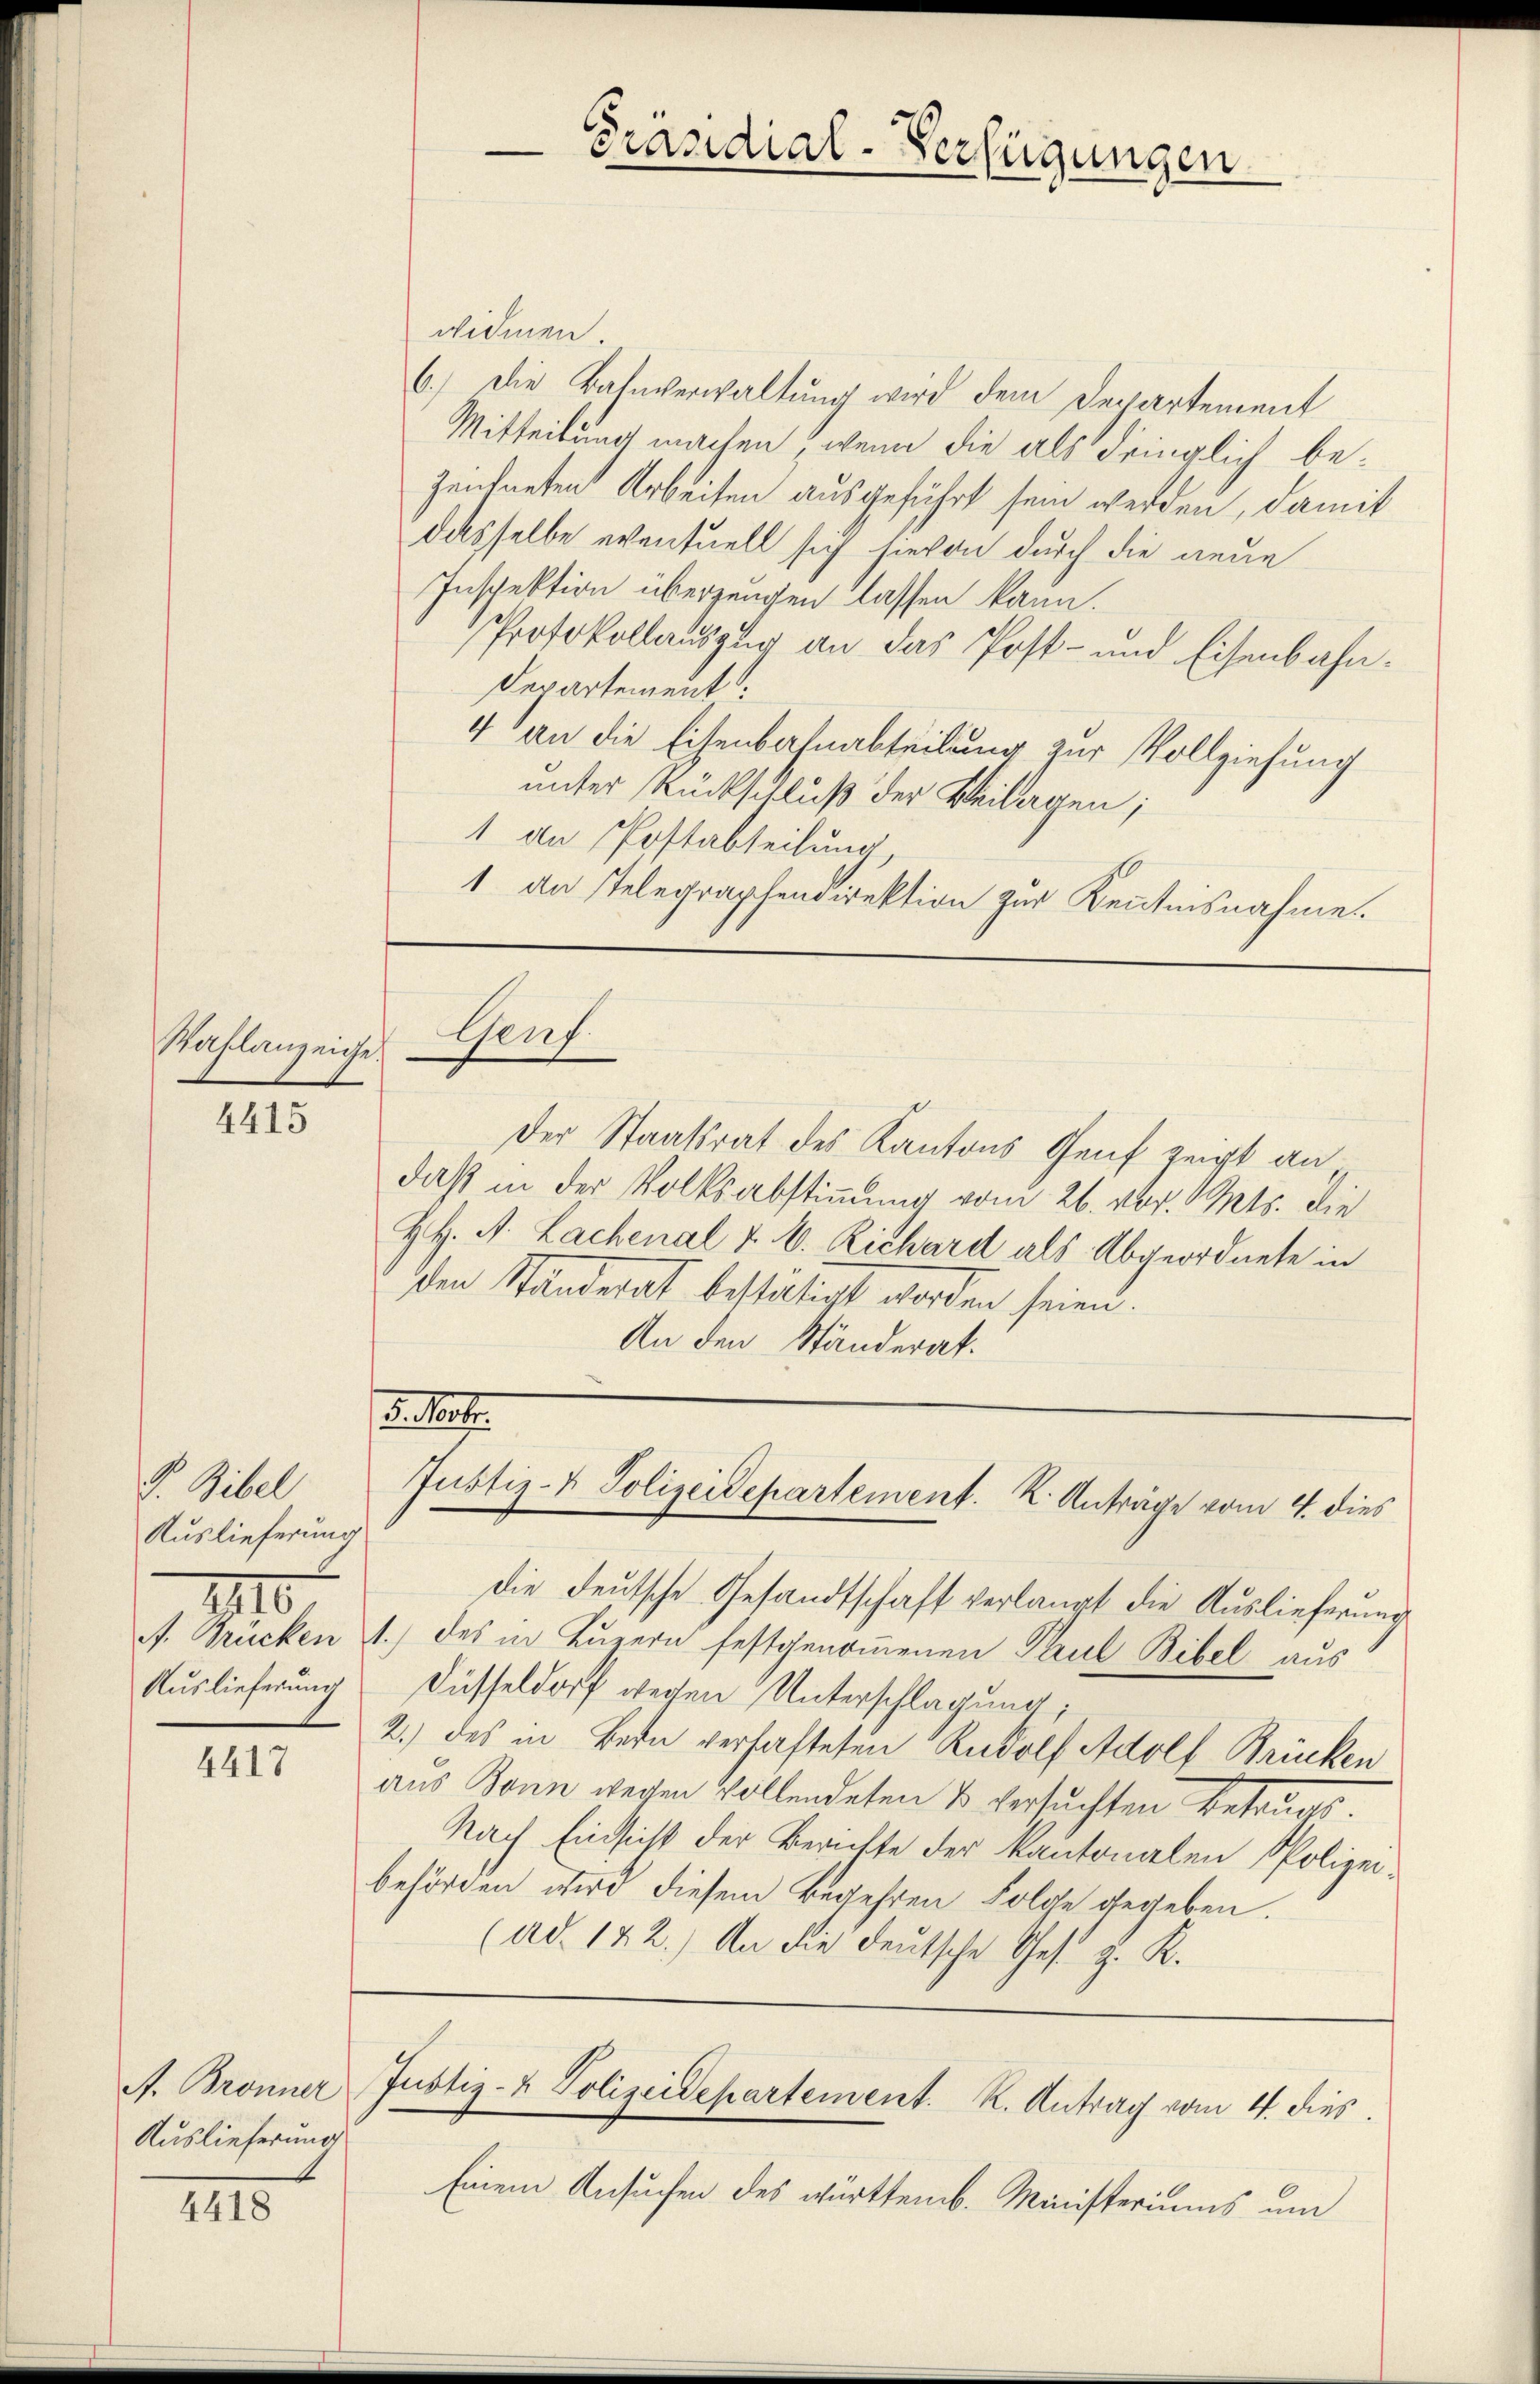
Wahlanzeiche

4415

Gibel
Auslieferung
IIII.
Auslieferung

4417

Auslieferung

III.

Präsidial-Verfügungen

widmen.
6.) Die Bahnverwaltung wird dem Departement
Mitteilung machen, wenn die als dringlich begeidneten Arbeiten ausgeführt sein werden, damit
dasselbe eventuell sich hievon durch die neue
Inspektion überzeugen lassen kann.
Protokollauszug an das Post- und Eisenbahn¬
Departement
4 an die Eisenbahnabteilung zur Vollziehung
unter Rückschluß der Beilagen;
1 an Postabteilung,
1 an Telegraphendirektion zur Kenntnisnahme
Graf.
Der Staatsrat des Kantons Genf zeigt an
daß in der Volksabstimmung vom 26. vor. Mts. die
HH. A. Lachenal & 6. Richard als Abgeordnete in
Ien Standerat bestätigt worden sein.
An den Ständerat.

3. No.
Justiz- & Polizeidepartement. K. Anträge vom 4. dies

die deutsche Gesandtschaft verlangt die Auslieferung
A. Trücken 1.) des in Luzern festgenommenen Paul Bibel aus
Düsseldorf wegen Unterschlagung;
2.) des in Bern verhafteten Rudolf Adolf Brücken
aus Bonn wegen Vollendeten & versuchten Betrugs.
Nach Einsicht der Berichte der Kantonalen Polizeibehörden wird diesem Begehren Folge gegeben.
(ad. 142.) An die deutsche Ges. z. K.

A. Bronner Justiz- & Polizeidepartement. K. Antrag vom 4. dies

Einem Ansuchen des württemb. Ministeriums um